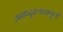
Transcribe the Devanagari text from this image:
असादृश्यतापूर्ण